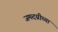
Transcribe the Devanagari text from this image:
जमदग्नीच्या